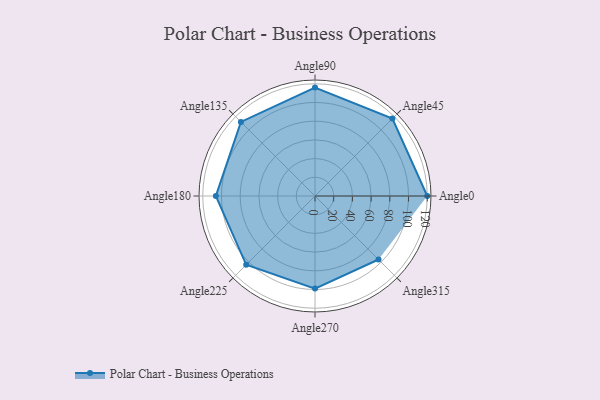
{"axis": {"x": "Angle", "y": "Radius"}, "legend": [""], "data": [{"x": "Angle0", "y": 120.0, "type": ""}, {"x": "Angle45", "y": 117.0, "type": ""}, {"x": "Angle90", "y": 116.0, "type": ""}, {"x": "Angle135", "y": 112.0, "type": ""}, {"x": "Angle180", "y": 106.0, "type": ""}, {"x": "Angle225", "y": 104.0, "type": ""}, {"x": "Angle270", "y": 99.0, "type": ""}, {"x": "Angle315", "y": 96.0, "type": ""}]}